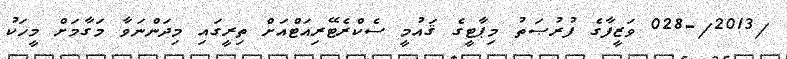
/2013/-028 ވަޒީފާގެ ފުރުޞަތު މިޕާޓީގެ ޤައުމީ ސެކްރެޓޭރިއަޓްއަށް ތިރީގައި މިދަންނަވާ މަގާމަށް މީހަކު